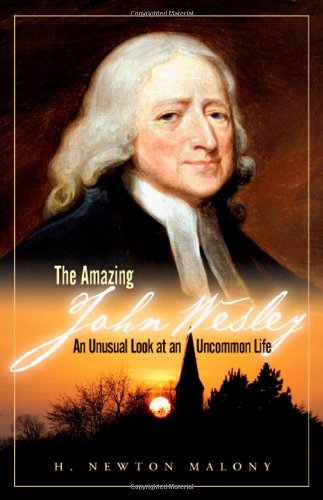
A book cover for The Amazing John Wesley: An Unusual Look at an Uncommon Life; H. Newton Malony Jr.; Christian Books & Bibles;